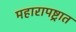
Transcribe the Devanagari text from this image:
महारापष्ट्रात